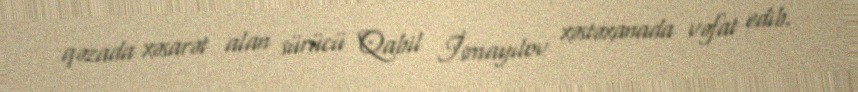
qəzada xəsarət alan sürücü Qabil İsmayılov xəstəxanada vəfat edib.